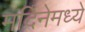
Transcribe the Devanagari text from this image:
मदिनेमध्ये